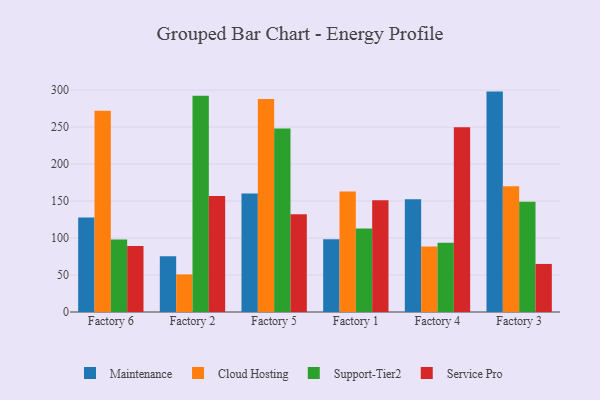
{"axis": {"x": "Factory", "y": "Inventory Turnover"}, "legend": ["Cloud Hosting", "Maintenance", "Service Pro", "Support-Tier2"], "data": [{"x": "Factory 6", "y": 127.7, "type": "Maintenance"}, {"x": "Factory 6", "y": 272.1, "type": "Cloud Hosting"}, {"x": "Factory 6", "y": 98.1, "type": "Support-Tier2"}, {"x": "Factory 6", "y": 89.3, "type": "Service Pro"}, {"x": "Factory 2", "y": 75.5, "type": "Maintenance"}, {"x": "Factory 2", "y": 50.8, "type": "Cloud Hosting"}, {"x": "Factory 2", "y": 292.3, "type": "Support-Tier2"}, {"x": "Factory 2", "y": 157.0, "type": "Service Pro"}, {"x": "Factory 5", "y": 160.2, "type": "Maintenance"}, {"x": "Factory 5", "y": 287.9, "type": "Cloud Hosting"}, {"x": "Factory 5", "y": 248.2, "type": "Support-Tier2"}, {"x": "Factory 5", "y": 132.3, "type": "Service Pro"}, {"x": "Factory 1", "y": 98.5, "type": "Maintenance"}, {"x": "Factory 1", "y": 162.8, "type": "Cloud Hosting"}, {"x": "Factory 1", "y": 113.0, "type": "Support-Tier2"}, {"x": "Factory 1", "y": 151.0, "type": "Service Pro"}, {"x": "Factory 4", "y": 152.4, "type": "Maintenance"}, {"x": "Factory 4", "y": 88.4, "type": "Cloud Hosting"}, {"x": "Factory 4", "y": 93.6, "type": "Support-Tier2"}, {"x": "Factory 4", "y": 249.8, "type": "Service Pro"}, {"x": "Factory 3", "y": 298.0, "type": "Maintenance"}, {"x": "Factory 3", "y": 170.1, "type": "Cloud Hosting"}, {"x": "Factory 3", "y": 149.0, "type": "Support-Tier2"}, {"x": "Factory 3", "y": 65.0, "type": "Service Pro"}]}